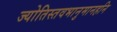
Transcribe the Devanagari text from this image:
ज्योतिस्तवभानुमानहनि